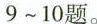
9~10题。